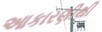
આકારણીથી